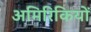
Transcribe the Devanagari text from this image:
अमिरिकियों